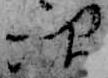
次